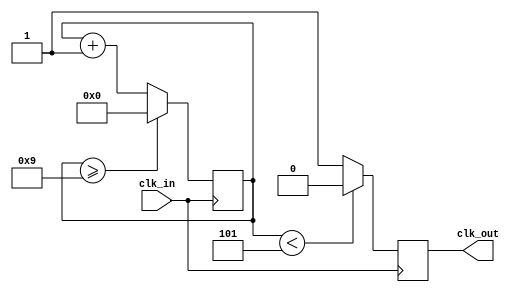
module clock_divider #(parameter DIVISIOR = 27'd10) (
    input wire clk_in,
    output reg clk_out
);
    
    reg [26:0] counter = 27'd0;

    always @(posedge clk_in) begin
        clk_out <= (counter < (DIVISIOR / 2)) ? 1'b0 : 1'b1;
        if (counter >= (DIVISIOR - 1)) begin
            counter <= 27'd0;
        end
        else begin
            counter <= counter + 27'd1;
        end
    end

endmodule